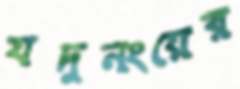
যদুনংয়ের